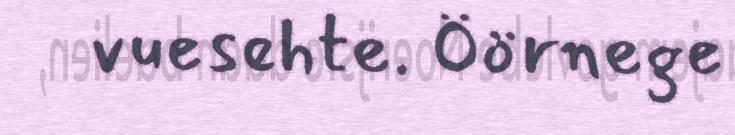
vuesehte. Öörnege